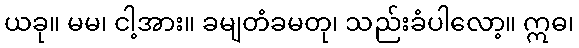
ယခု။ မမ၊ ငါ့အား။ ခမျတံခမတု၊ သည်းခံပါလော့။ ဣဓ၊